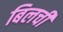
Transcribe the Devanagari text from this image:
बिलची